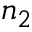
n _ { 2 }